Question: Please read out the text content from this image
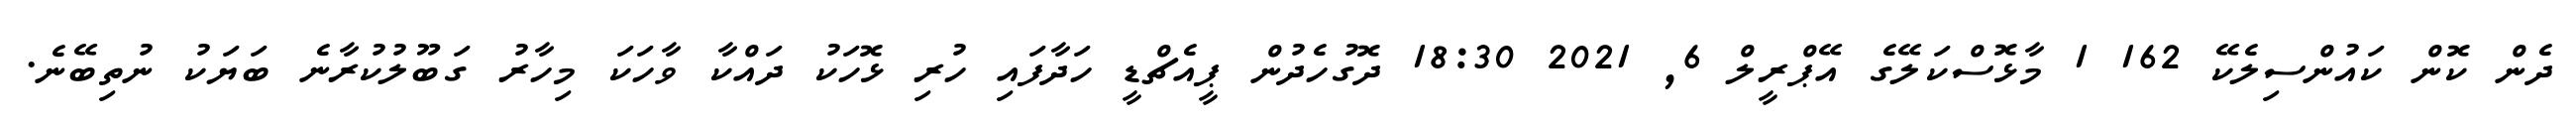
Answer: ދެން ކޮން ކައުންސިލެކޭ 162 1 މާޅޮސްކަލޭގެ އޭޕްރީލް 6, 2021 18:30 ދޮގުހެދުން ޕީއެޗްޑީ ހަދާފައި ހުރި ޅޮހަކު ދައްކާ ވާހަކަ މިހާރު ގަބޫލުކުރާނެ ބަޔަކު ނުތިބޭނެ.